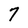
Character: 7